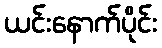
ယင်းနောက်ပိုင်း